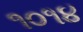
૧૦૧૪